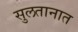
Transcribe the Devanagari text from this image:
सुलतानात